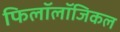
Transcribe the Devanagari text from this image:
फिलॉलॉजिकल